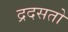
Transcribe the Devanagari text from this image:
द्रदसतो